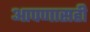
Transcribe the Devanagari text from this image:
आपणासही